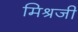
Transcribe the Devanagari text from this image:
मिश्रजी